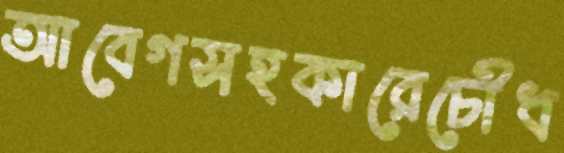
আবেগসহকারেচৌধ